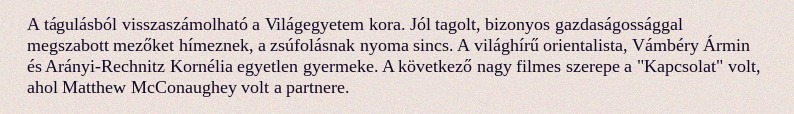
A tágulásból visszaszámolható a Világegyetem kora. Jól tagolt, bizonyos gazdaságossággal megszabott mezőket hímeznek, a zsúfolásnak nyoma sincs. A világhírű orientalista, Vámbéry Ármin és Arányi-Rechnitz Kornélia egyetlen gyermeke. A következő nagy filmes szerepe a "Kapcsolat" volt, ahol Matthew McConaughey volt a partnere.